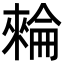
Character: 𣛌